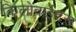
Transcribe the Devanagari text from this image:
किलोबाईट्स